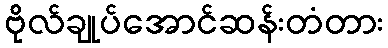
ဗိုလ်ချုပ်အောင်ဆန်းတံတား